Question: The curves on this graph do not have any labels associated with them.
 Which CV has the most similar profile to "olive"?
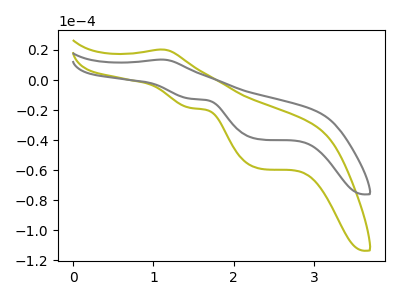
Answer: <think>The olive curve "olive" has an anodic peak at (1.10V, 20.30uA) and cathodic peaks at (1.45V, -18.65uA) (2.35V, -59.10uA). The gray curve "gray" has an anodic peak at (1.10V, 13.60uA) and cathodic peaks at (1.45V, -12.50uA) (2.35V, -39.60uA).
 All the peaks in "olive" have a peak in "gray" at the same potential. Every peak in "olive" is higher than every peak in "gray".</think>
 <answer>The CV with the most similar shape to "gray" is "olive".</answer>
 <eval>"olive"</eval>